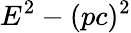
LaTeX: E^{2}-(pc)^{2}